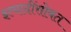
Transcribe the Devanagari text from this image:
इत्यादींसोबत